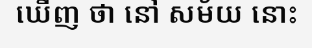
ឃើញ ថា នៅ សម័យ នោះ